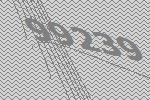
99239